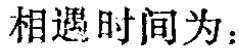
相遇时间为：